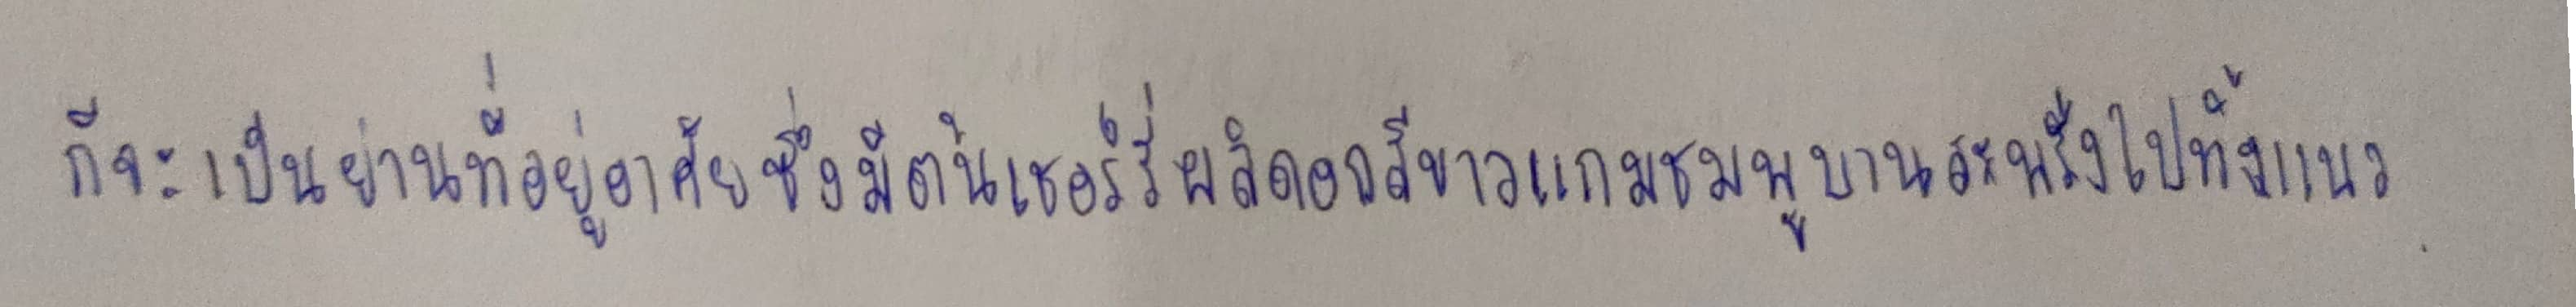
ก็จะเป็นย่านที่อยู่อาศัยซึ่งมีต้นเชอร์รี่ผลิดอกสีขาวแกมชมพูบานสะพรั่งไปทั้งแนว